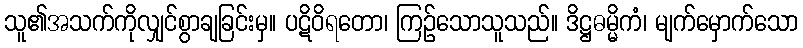
သူ၏အသက်ကိုလျှင်စွာချခြင်းမှ။ ပဋိဝိရတော၊ ကြဉ်သောသူသည်။ ဒိဋ္ဌဓမ္မိကံ၊ မျက်မှောက်သော